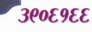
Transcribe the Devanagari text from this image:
३९०६१६६